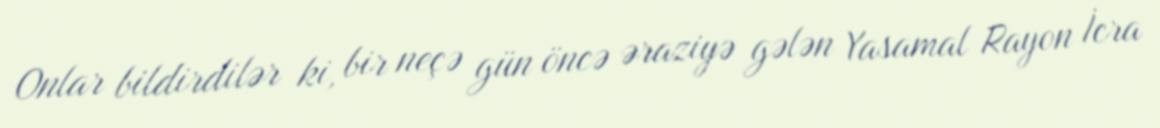
Onlar bildirdilər ki, bir neçə gün öncə əraziyə gələn Yasamal Rayon İcra